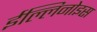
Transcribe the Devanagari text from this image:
ईल्लिनोइस